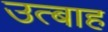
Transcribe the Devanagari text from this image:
उत्बाह